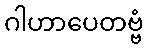
ဂါဟာပေတဗ္ဗံ